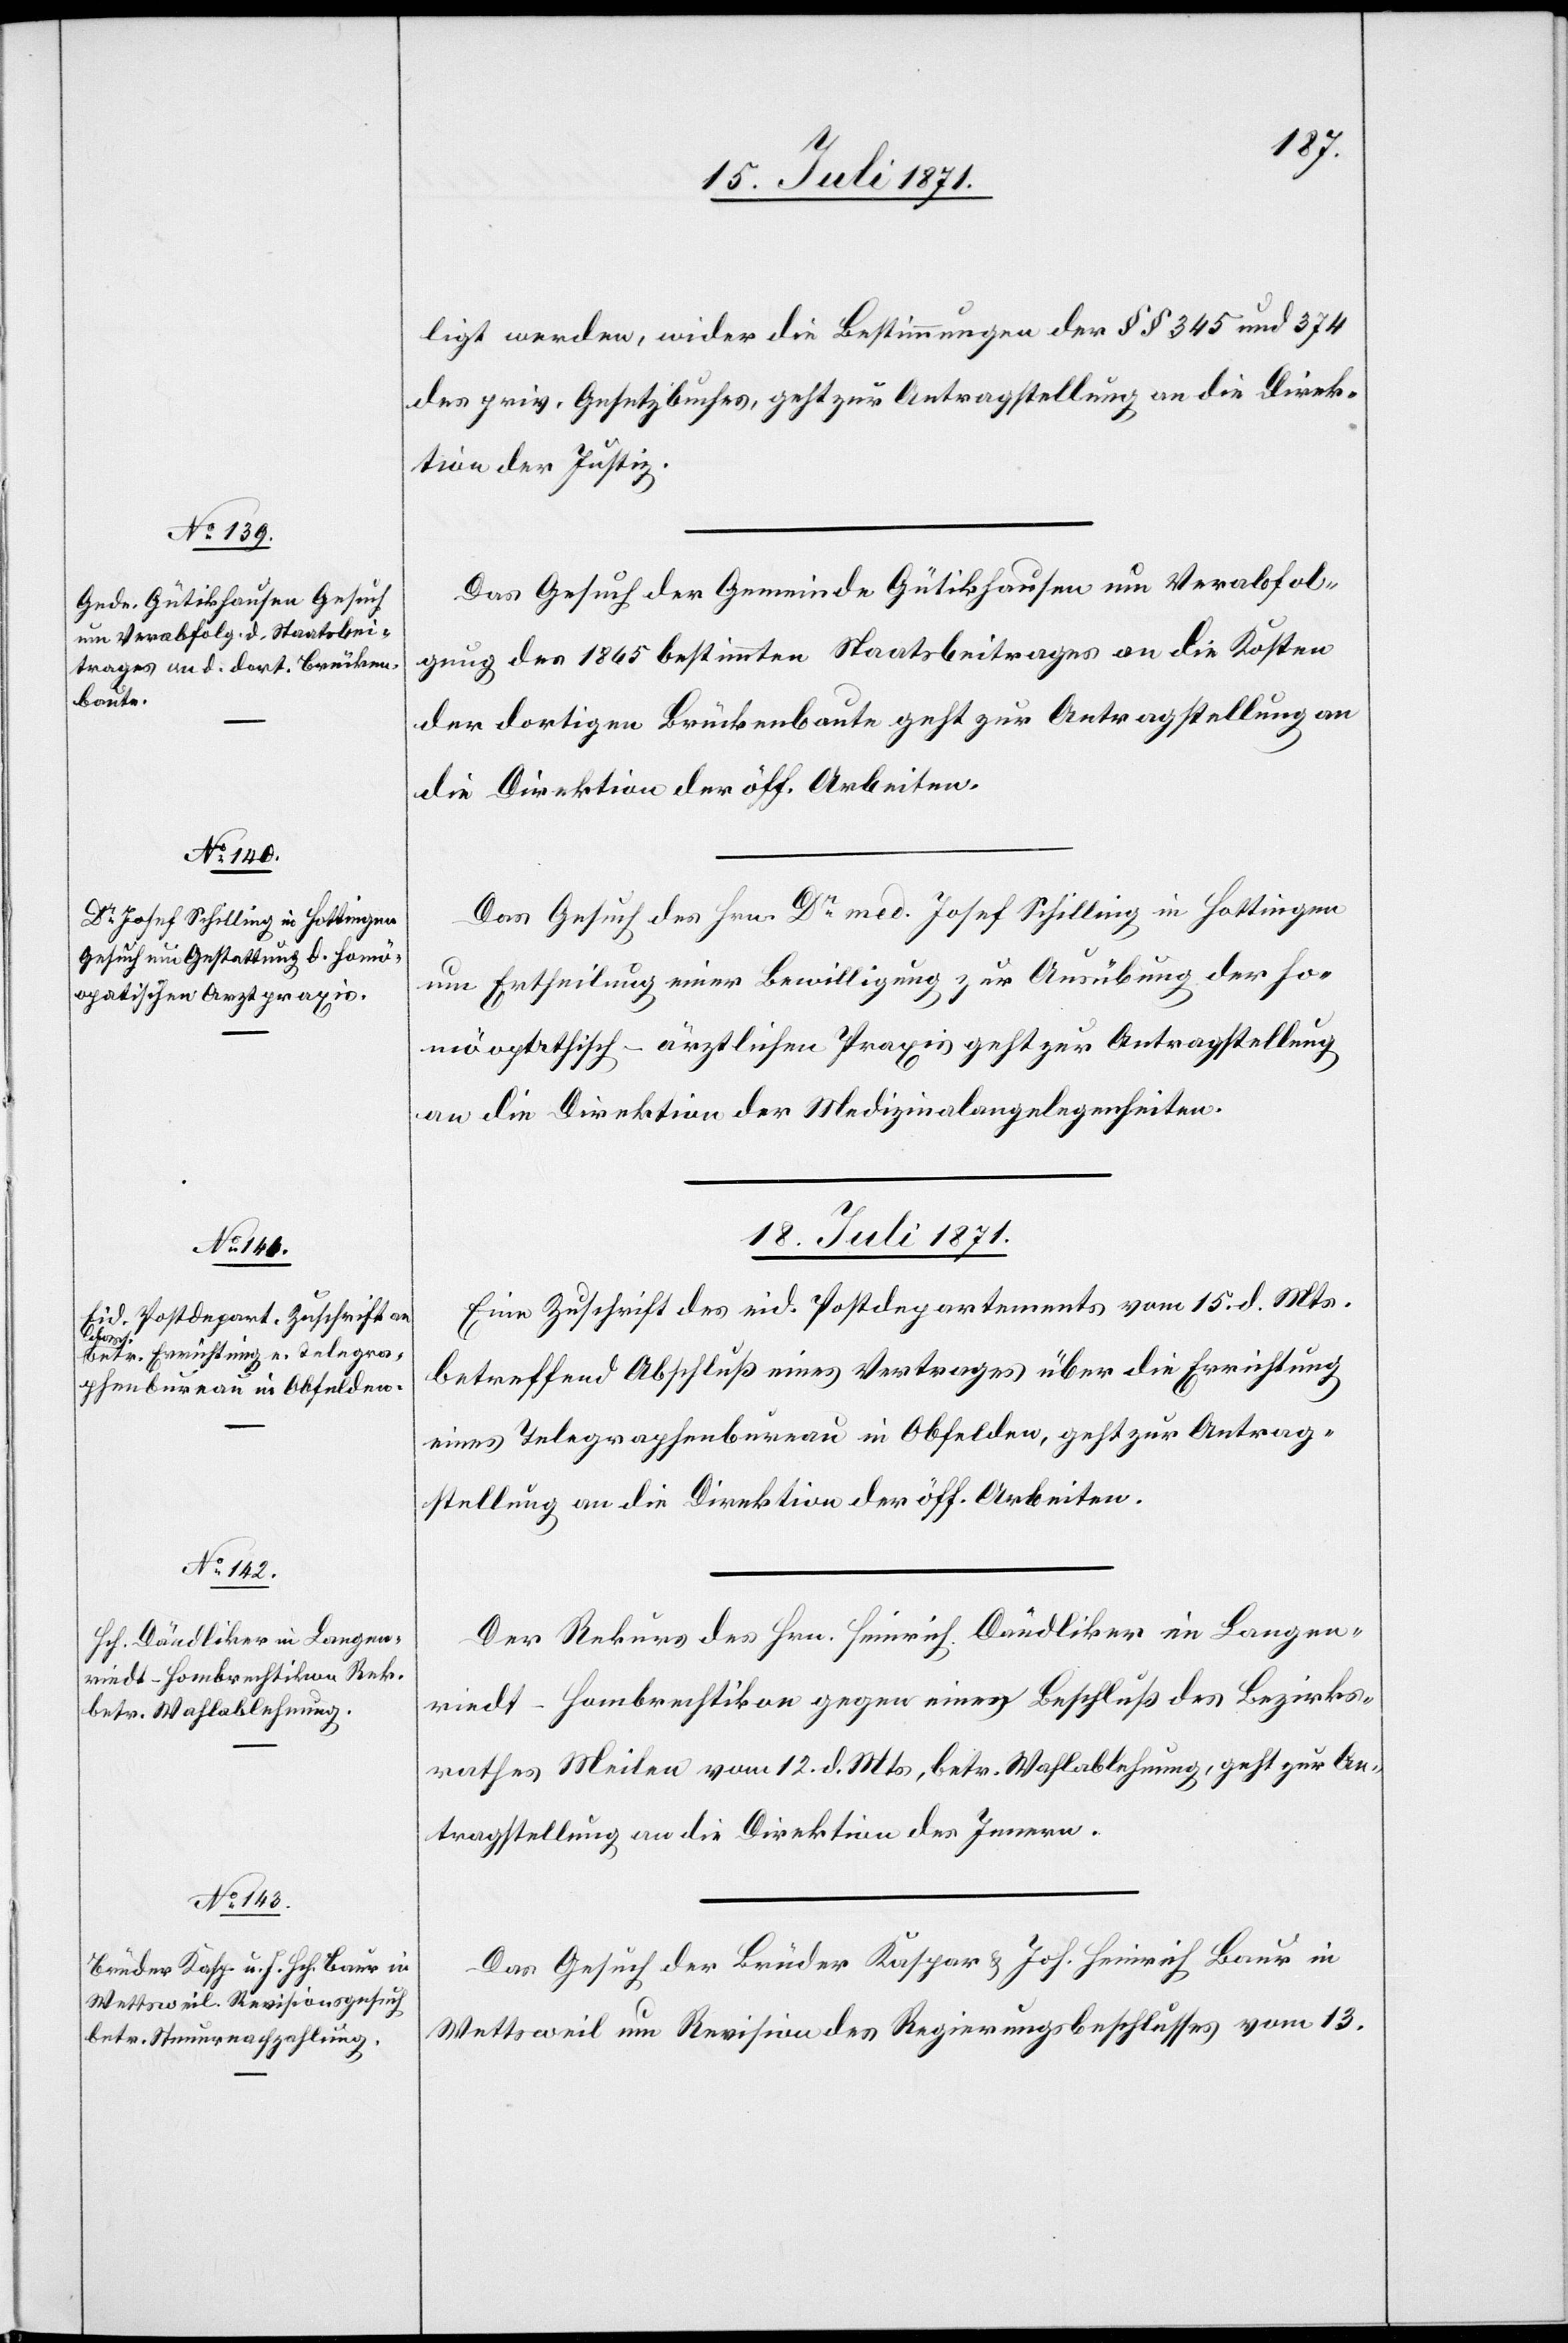
15. Juli 1871.]
ligt werden, wider die Bestimmungen der §§ 345 und 374
des priv. Gesetzbuches, geht zur Antragstellung an die Direk¬
tion der Justiz.
Das Gesuch der Gemeinde Gütikhausen um Verabfol¬
gung des 1865 bestimmten Staatsbeitrages an die Kosten
der dortigen Brückenbaute geht zur Antragstellung an
die Direktion der öff. Arbeiten.
Das Gesuch des Hrn. Dr. med. Josef Schilling in Hottingen
um Ertheilung einer Bewilligung zur Ausübung der ho¬
möopathisch-ärztlichen Praxis geht zur Antragstellung
an die Direktion der Medizinalangelegenheiten.
18. Juli 1871.]
Eine Zuschrift des eid. Postdepartements vom 15. d. Mts.
betreffend Abschluß eines Vertrages über die Errichtung
eines Telegraphenbureau in Obfelden, geht zur Antrag¬
stellung an die Direktion der öff. Arbeiten.
Der Rekurs des Hrn. Heinrich Dändliker in Langen¬
riedt-Hombrechtikon gegen einen Beschluß des Bezirks¬
rathes Meilen vom 12. d. Mts., betr. Wahlablehnung, geht zur An¬
tragstellung an die Direktion des Innern.
Das Gesuch der Brüder Kaspar u. Joh. Heinrich Baur in
Wettsweil um Revision des Regierungsbeschlusses vom 13.